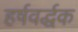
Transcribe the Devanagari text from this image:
हर्षवर्द्धक